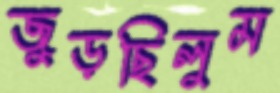
জুড়ছিলুম